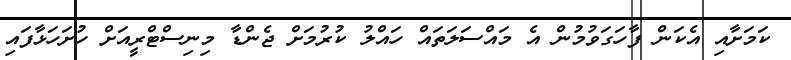
ކަމަށާއި އެކަން ފާހަގަވުމުން އެ މައްސަލަތައް ހައްލު ކުރުމަށް ޖެންޑާ މިނިސްޓްރީއަށް ހުށަހަޅާފައި